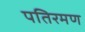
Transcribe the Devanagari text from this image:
पतिरमण